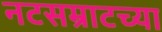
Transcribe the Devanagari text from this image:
नटसम्राटच्या